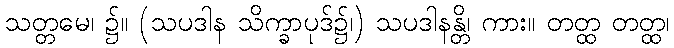
သတ္တမေ၊ ၌။ (သပဒါန သိက္ခာပုဒ်၌၊) သပဒါနန္တိ၊ ကား။ တတ္ထ တတ္ထ၊